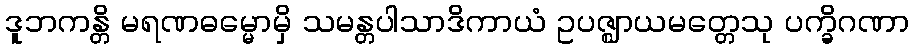
ဒူဘကန္တိ မရဏဓမ္မောမှိ သမန္တပါသာဒိကာယံ ဥပဇ္ဈာယမတ္တေသု ပက္ခိဂဏာ